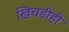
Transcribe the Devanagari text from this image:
खिचडीही